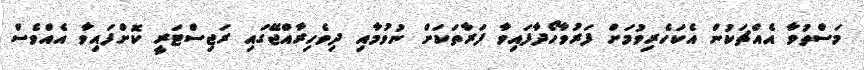
މަސްތުވާ އެއްޗަކުން އެކަހެރިވުމަށް ފަރުވާހޯދާފައިވާ ފަރާތަކަށް ނުވުމާއި ދިވެހިރާއްޖޭގައި ރަޖިސްޓަރީ ކޮށްފައިވާ އެއްވެސް